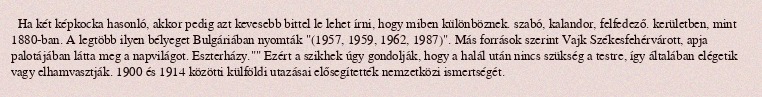
Ha két képkocka hasonló, akkor pedig azt kevesebb bittel le lehet írni, hogy miben különböznek. szabó, kalandor, felfedező. kerületben, mint 1880-ban. A legtöbb ilyen bélyeget Bulgáriában nyomták "(1957, 1959, 1962, 1987)". Más források szerint Vajk Székesfehérvárott, apja palotájában látta meg a napvilágot. Eszterházy."" Ezért a szikhek úgy gondolják, hogy a halál után nincs szükség a testre, így általában elégetik vagy elhamvasztják. 1900 és 1914 közötti külföldi utazásai elősegítették nemzetközi ismertségét.